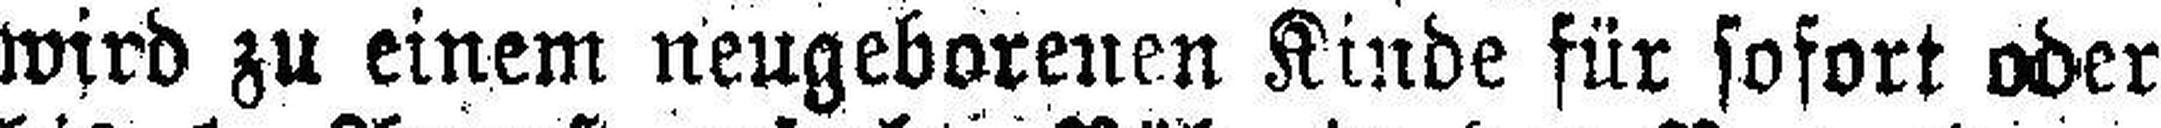
wird zu einem neugeborenen Kinde für sofort oder